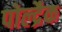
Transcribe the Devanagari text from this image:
पोल्द्रैक